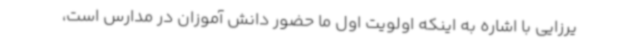
یرزایی با اشاره به اینکه اولویت اول ما حضور دانش آموزان در مدارس است،